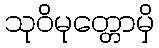
သုဝိမုတ္တောမှိ